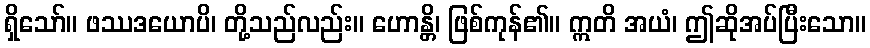
ရှိသော်။ ဖဿဒယောပိ၊ တို့သည်လည်း။ ဟောန္တိ၊ ဖြစ်ကုန်၏။ ဣတိ အယံ၊ ဤဆိုအပ်ပြီးသော။